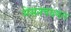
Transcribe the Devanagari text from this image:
मेसनचयमल